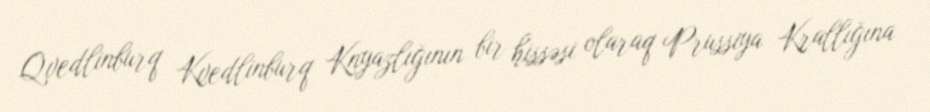
Qvedlinburq Kvedlinburq Knyazlığının bir hissəsi olaraq Prussiya Krallığına